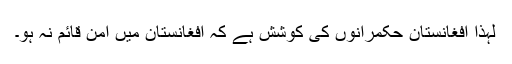
لہذا افغانستان حکمرانوں کی کوشش ہے کہ افغانستان میں امن قائم نہ ہو۔